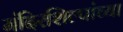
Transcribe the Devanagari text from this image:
मंदिरशिल्पांच्या